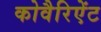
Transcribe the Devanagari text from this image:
कोवैरिऐंट